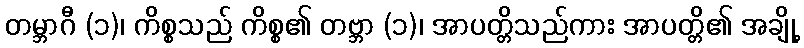
တမ္ဘာဂီ (၁)၊ ကိစ္စသည် ကိစ္စ၏ တဗ္ဘာ (၁)၊ အာပတ္တိသည်ကား အာပတ္တိ၏ အချို့